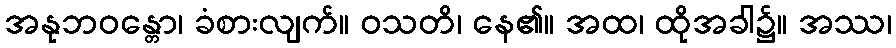
အနုဘဝန္တော၊ ခံစားလျက်။ ဝသတိ၊ နေ၏။ အထ၊ ထိုအခါ၌။ အဿ၊